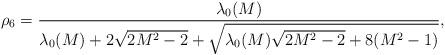
LaTeX: \begin{align*}\rho_6=\frac{\lambda_0(M)}{\lambda_0(M)+2\sqrt{2M^2-2}+\sqrt{\lambda_0(M)\sqrt{2M^2-2}+8(M^2-1)}}, \end{align*}